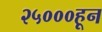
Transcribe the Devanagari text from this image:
२५०००हून